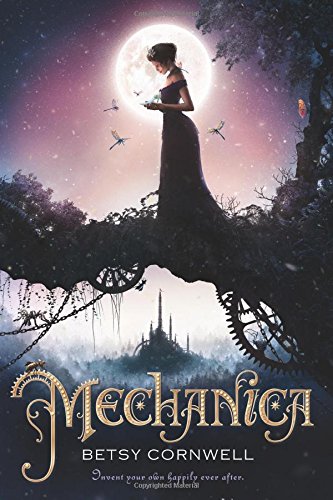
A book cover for Mechanica; Betsy Cornwell; Teen & Young Adult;